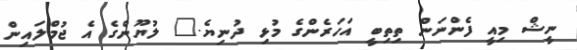
ނީޝް މިއީ ފެންނަން ތިތިބީ އަހަރެންގެ މުޅި ދުނިޔެ." ލުޔޫންގެ އެ ޖުމްލައިން